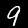
Digit: 9